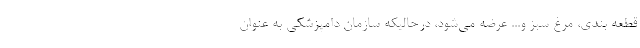
قطعه بندی، مرغ سبز و... عرضه می‌شود، درحالیکه سازمان دامپزشکی به عنوان